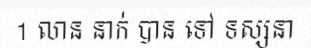
1 លាន នាក់ បាន ទៅ ទស្សនា